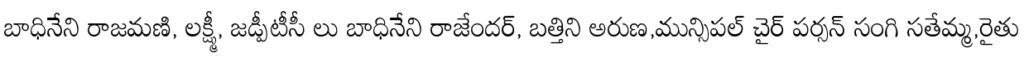
బాధినేని రాజమణి, లక్ష్మీ, జడ్పీటీసీ లు బాధినేని రాజేందర్, బత్తిని అరుణ,మున్సిపల్ చైర్ పర్సన్ సంగి సతేమ్మ,రైతు